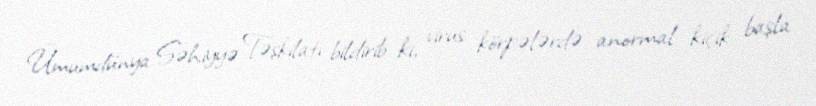
Ümumdünya Səhiyyə Təşkilatı bildirib ki, virus körpələrdə anormal kiçik başla